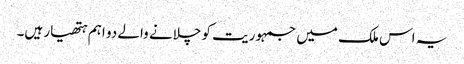
یہ اس ملک میں جمہوریت کو چلانے والے دو اہم ہتھیار ہیں۔